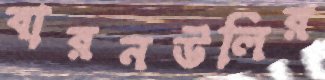
বারনউলির